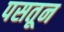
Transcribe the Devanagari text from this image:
पसतून